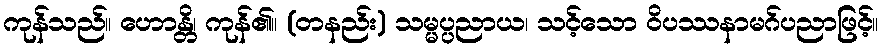
ကုန်သည်။ ဟောန္တိ၊ ကုန်၏။ (တနည်း) သမ္မပ္ပညာယ၊ သင့်သော ဝိပဿနာမဂ်ပညာဖြင့်။